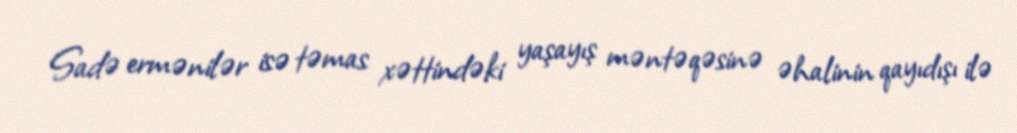
Sadə ermənilər isə təmas xəttindəki yaşayış məntəqəsinə əhalinin qayıdışı ilə